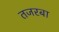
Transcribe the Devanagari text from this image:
तजरबा